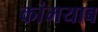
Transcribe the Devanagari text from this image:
कांमयाब